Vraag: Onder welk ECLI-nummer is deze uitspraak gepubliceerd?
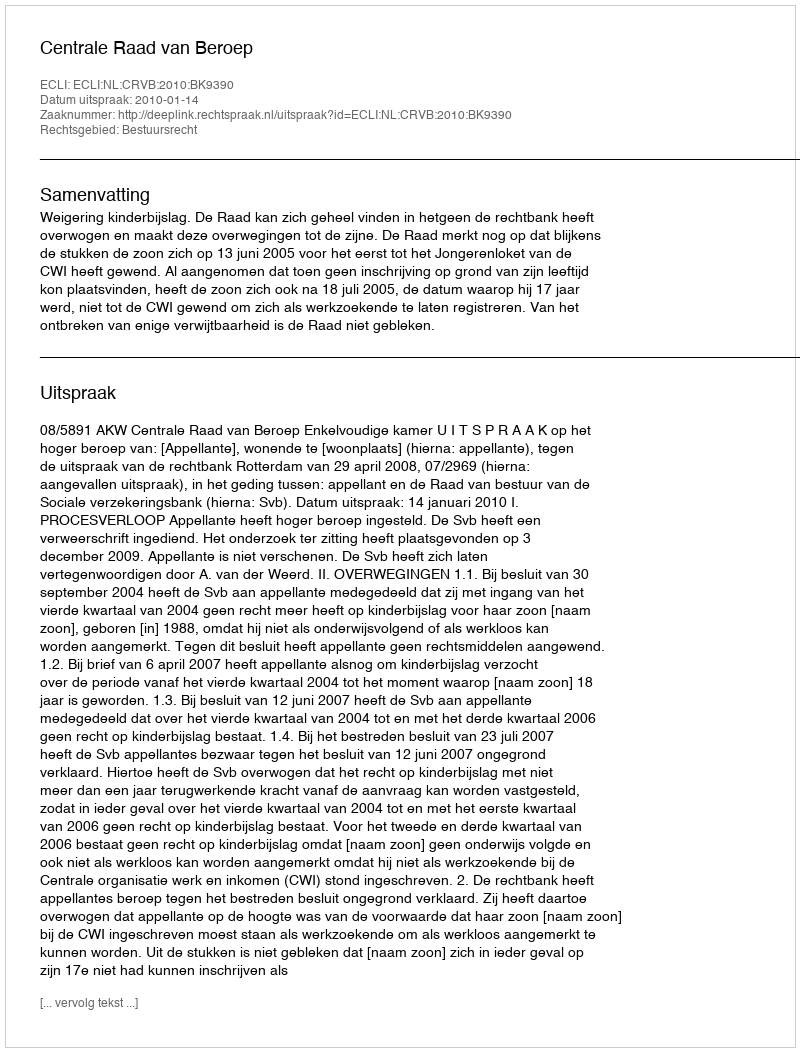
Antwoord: ECLI:NL:CRVB:2010:BK9390